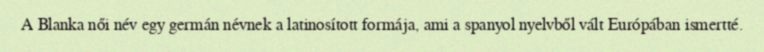
A Blanka női név egy germán névnek a latinosított formája, ami a spanyol nyelvből vált Európában ismertté.